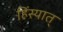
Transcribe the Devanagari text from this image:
हिंस्यात्‌